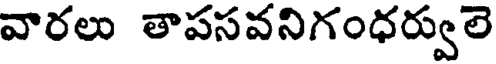
వారలు తాపసవనిగంధర్వులె